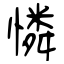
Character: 憐